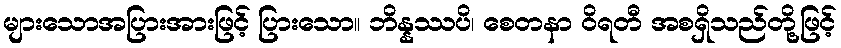
များသောအပြားအားဖြင့် ပြားသော။ ဘိန္နဿပိ၊ စေတနာ ဝိရတီ အစရှိသည်တို့ဖြင့်